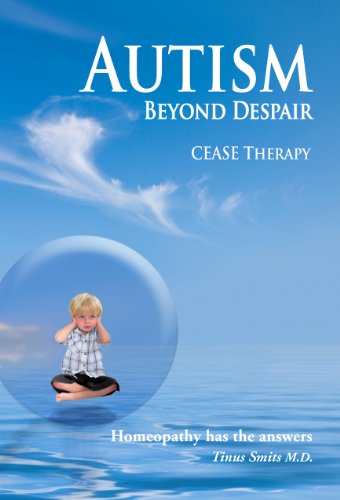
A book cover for Autism, Beyond Despair: Homeopathy has the Answers; Dr. Tinus Smits; Health, Fitness & Dieting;